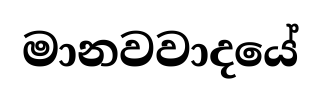
මානවවාදයේ